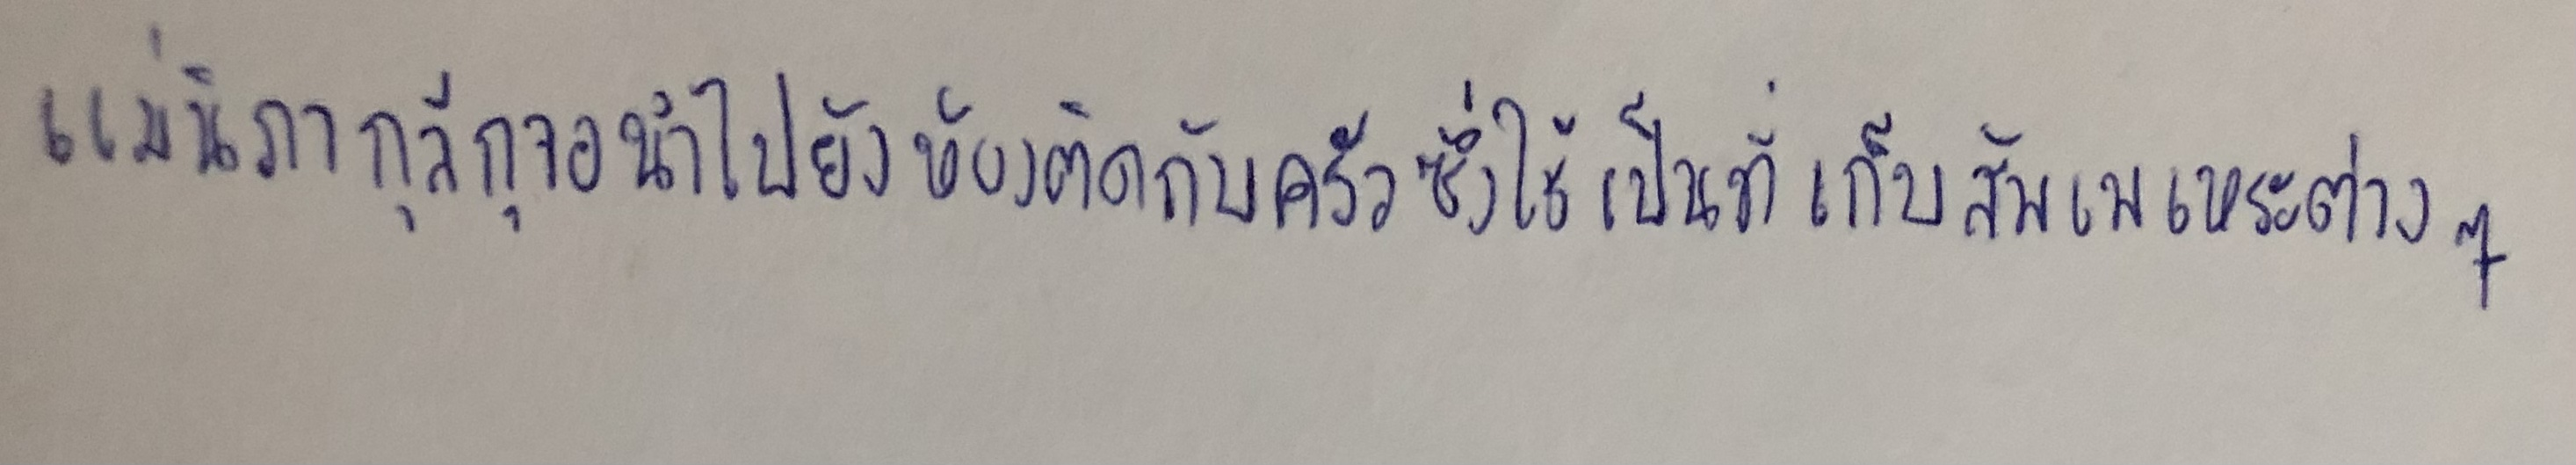
แม่นิภากุลีกุจอนำไปยังห้องติดกับครัวซึ่งใช้เป็นที่เก็บสัพเพเหระต่างๆ